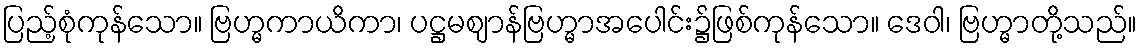
ပြည့်စုံကုန်သော။ ဗြဟ္မကာယိကာ၊ ပဋ္ဌမဈာန်ဗြဟ္မာအပေါင်း၌ဖြစ်ကုန်သော။ ဒေဝါ၊ ဗြဟ္မာတို့သည်။